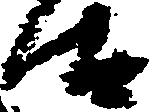
汰